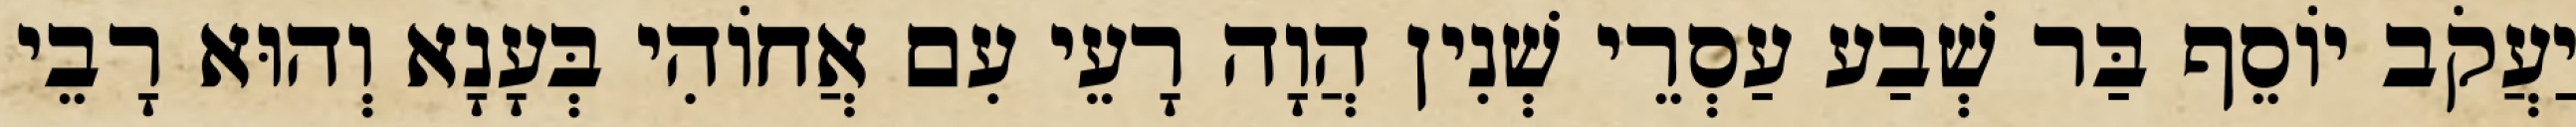
יַעֲקֹב יוֹסֵף בַּר שְׁבַע עַסְרֵי שְׁנִין הֲוָה רָעֵי עִם אֲחוֹהִי בְּעָנָא וְהוּא רָבֵי